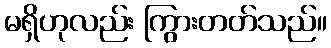
မရှိဟုလည်း ကြွားတတ်သည်။